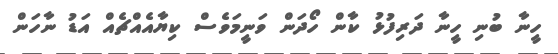
ހީނާ ބުނި ހީނާ ދަރިފުޅު ކާން ހޯދަން ވަނީމަވެސް ކިޔާއެއްޗެއް އަޑު ނާހަން